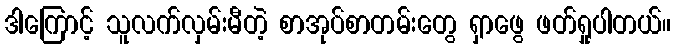
ဒါကြောင့် သူလက်လှမ်းမီတဲ့ စာအုပ်စာတမ်းတွေ ရှာဖွေ ဖတ်ရှုပါတယ်။